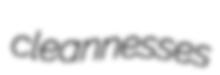
cleannesses